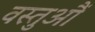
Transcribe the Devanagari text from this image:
वस्तुऔं